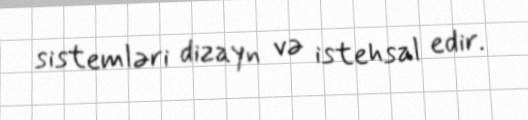
sistemləri dizayn və istehsal edir.